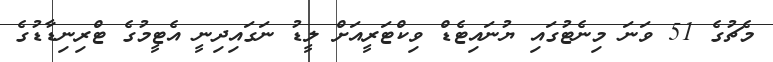
މެޗުގެ 51 ވަނަ މިނެޓުގައި ޔުނައިޓެޑް ވިކްޓަރީއަށް ލީޑު ނަގައިދިނީ އެޓީމުގެ ޓްރިނިޑާޑުގެ